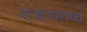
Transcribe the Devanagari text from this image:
शवरभाष्य